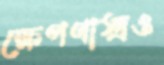
ক্ষেপণাস্ত্রও